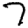
Digit: 7